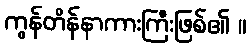
ကွန်တိန်နာကားကြီးဖြစ်၏ ။